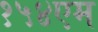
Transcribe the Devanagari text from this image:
१५४एम